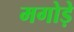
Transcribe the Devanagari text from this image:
मगोड़े